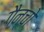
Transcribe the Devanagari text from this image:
गैन्चो